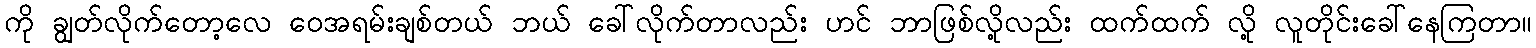
ကို ချွတ်လိုက်တော့လေ ဝေအရမ်းချစ်တယ် ဘယ် ခေါ်လိုက်တာလည်း ဟင် ဘာဖြစ်လို့လည်း ထက်ထက် လို့ လူတိုင်းခေါ်နေကြတာ။